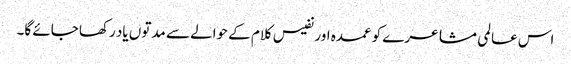
اس عالمی مشاعرے کو عمدہ اور نفیس کلام کے حوالے سے مدتوں یاد رکھا جائے گا۔